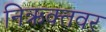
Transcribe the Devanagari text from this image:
निऋक्तवर